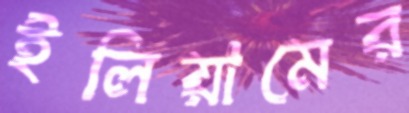
ইলিয়ামের